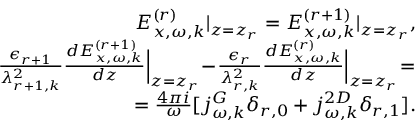
\begin{array} { r } { E _ { x , \omega , k } ^ { ( r ) } | _ { z = z _ { r } } = E _ { x , \omega , k } ^ { ( r + 1 ) } | _ { z = z _ { r } } , } \\ { \frac { \epsilon _ { r + 1 } } { \lambda _ { r + 1 , k } ^ { 2 } } \frac { d E _ { x , \omega , k } ^ { ( r + 1 ) } } { d z } \Big | _ { z = z _ { r } } \! - \! \frac { \epsilon _ { r } } { \lambda _ { r , k } ^ { 2 } } \frac { d E _ { x , \omega , k } ^ { ( r ) } } { d z } \Big | _ { z = z _ { r } } \! = } \\ { = \frac { 4 \pi i } { \omega } [ j _ { \omega , k } ^ { G } \delta _ { r , 0 } + j _ { \omega , k } ^ { 2 D } \delta _ { r , 1 } ] . } \end{array}